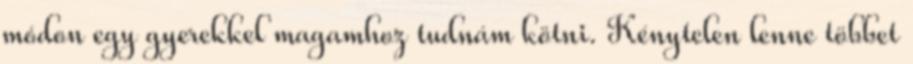
módon egy gyerekkel magamhoz tudnám kötni. Kénytelen lenne többet